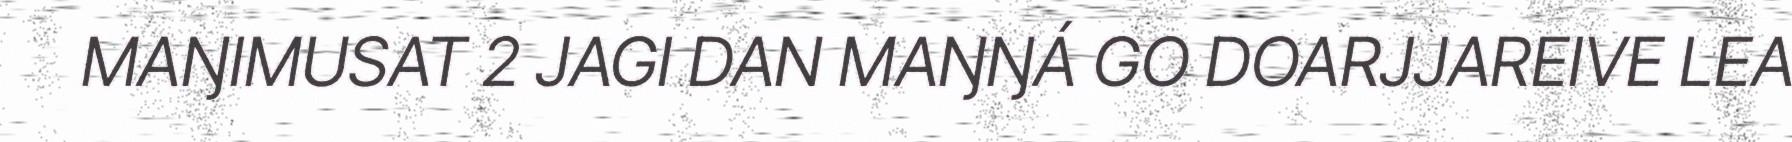
MAŊIMUSAT 2 JAGI DAN MAŊŊÁ GO DOARJJAREIVE LEA